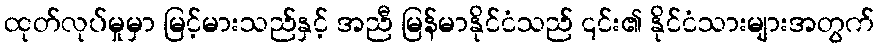
ထုတ်လုပ်မှုမှာ မြင့်မားသည်နှင့် အညီ မြန်မာနိုင်ငံသည် ၎င်း၏ နိုင်ငံသားများအတွက်